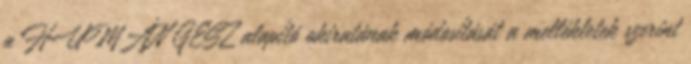
a HUMÁN GESZ alapító okiratának módosítását a mellékletek szerint